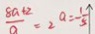
\frac { 8 a + 2 } { a } = 2 a = - \frac { 1 } { 5 } \uparrow